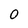
Character: O